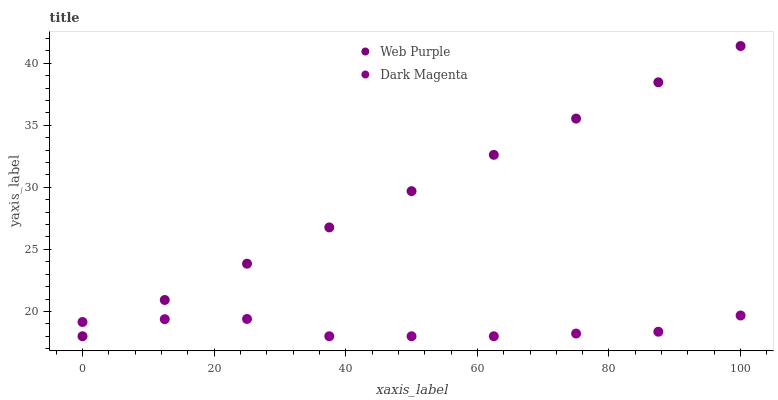
| xaxis_label | Web Purple | Dark Magenta |
 | --- | --- | --- |
 | 0 | 18 | 19.1 |
 | 12.5 | 20.9 | 19.4 |
 | 25 | 23.8 | 19.4 |
 | 37.5 | 26.8 | 18 |
 | 50 | 29.7 | 18 |
 | 62.5 | 32.6 | 18 |
 | 75 | 35.5 | 18.2 |
 | 87.5 | 38.5 | 18.4 |
 | 100 | 41.4 | 19.7 |